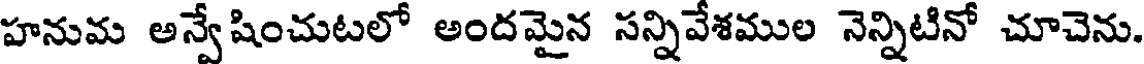
హనుమ అన్వేషించుటలో అందమైన సన్నివేశముల నెన్నిటినో చూచెను.